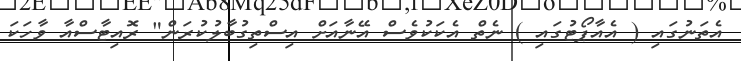
އެތަނުގައި ( އެއާޕޯޓުގައި ) ނެތް އެކަކުވެސް އޭނާއަށް އިސްތިގުބާލުކުރަން" ރޮއިޓާސްއާ ވާހަކަ